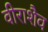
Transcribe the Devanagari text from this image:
वीराशैव